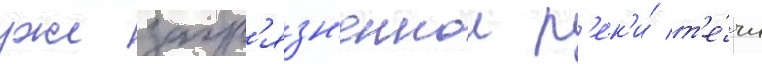
уже загр'язн'еннои р'ек'и́ т'е́чи